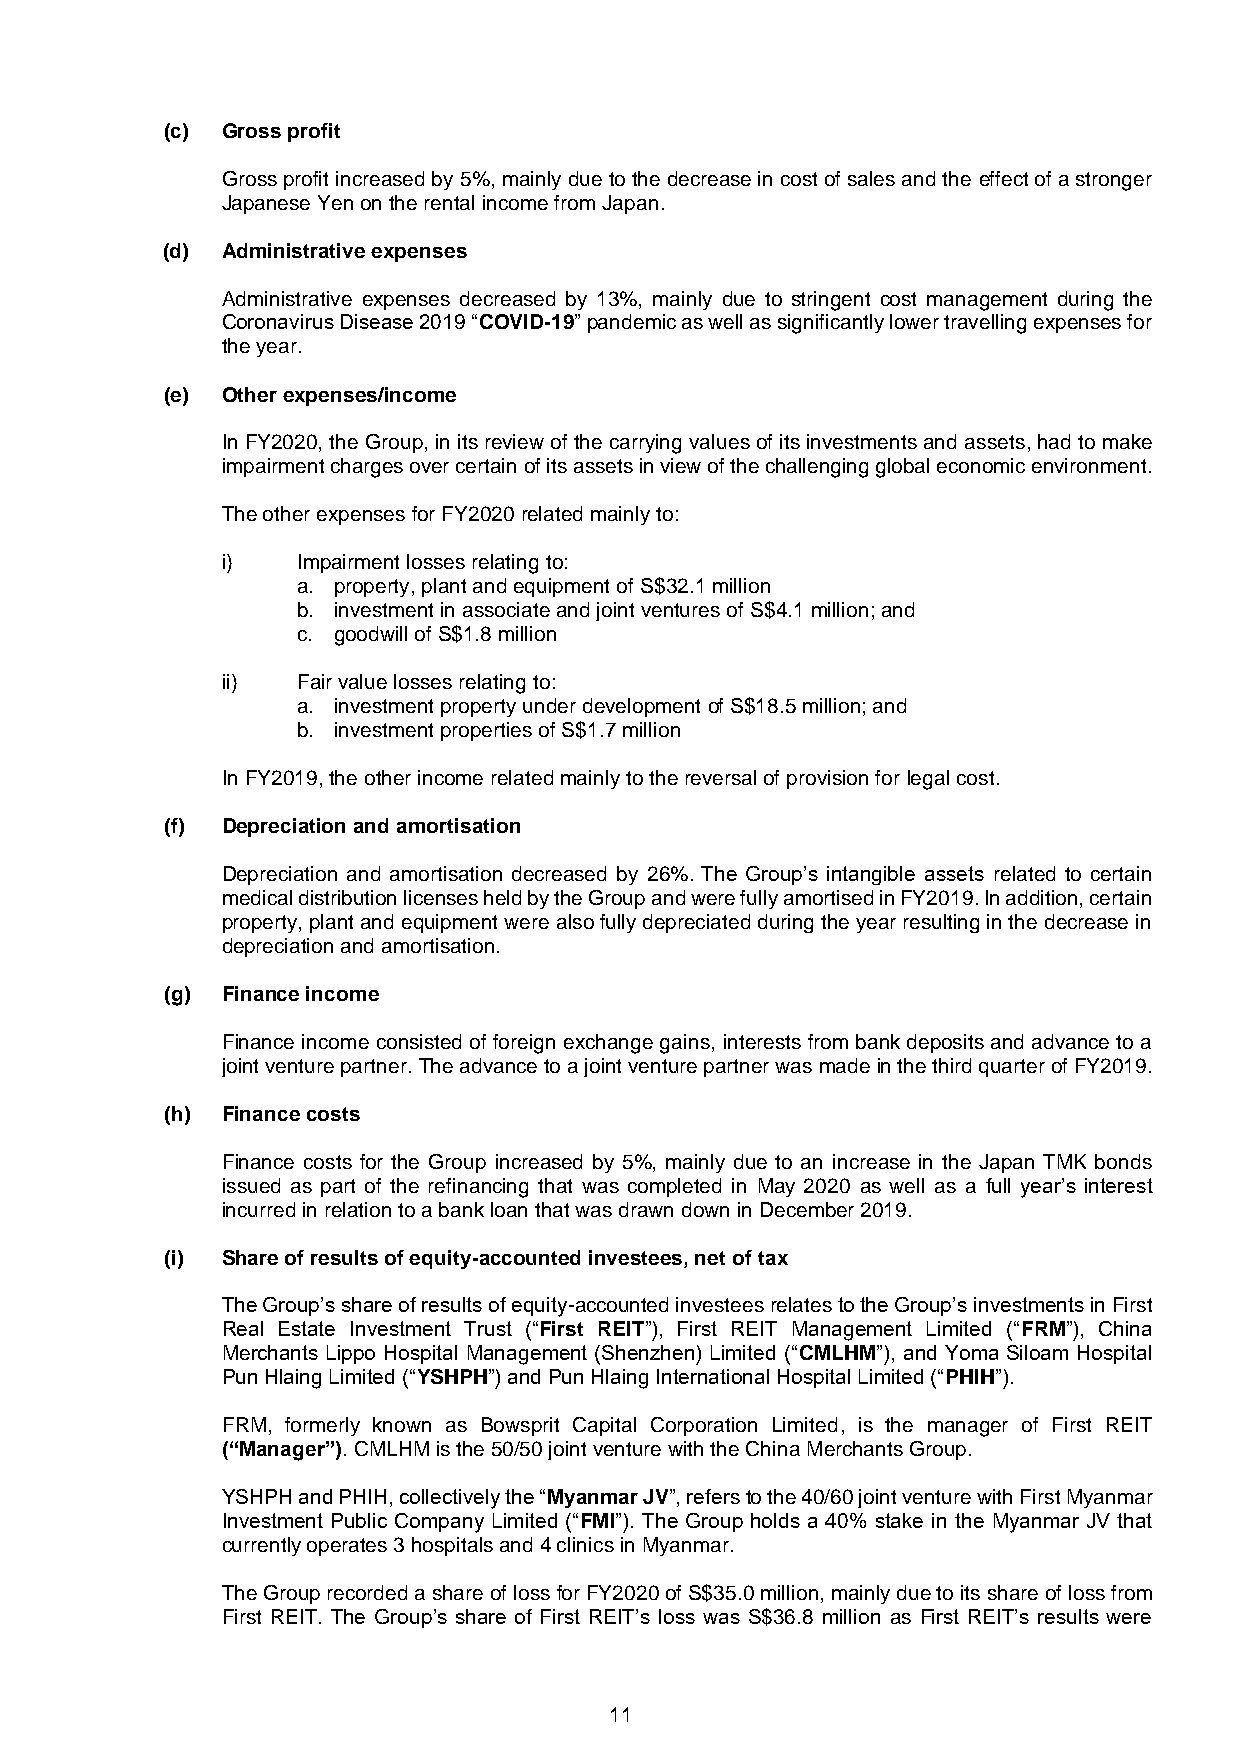
(c) Gross profit
 Gross profit increased by 5%, mainly due to the decrease in cost of sales and the effect of a stronger
 Japanese Yen on the rental income from Japan.
 (d) Administrative expenses
 Administrative expenses decreased by 13%, mainly due to stringent cost management during the
 Coronavirus Disease 2019 “COVID-19” pandemic as well as significantly lower travelling expenses for
 the year.
 (e) Other expenses/income
 In FY2020, the Group, in its review of the carrying values of its investments and assets, had to make
 impairment charges over certain of its assets in view of the challenging global economic environment.
 The other expenses for FY2020 related mainly to:
 i)   Impairment losses relating to:
 a. property, plant and equipment of S$32.1 million
 b. investment in associate and joint ventures of S$4.1 million; and
 c. goodwill of S$1.8 million
 ii)  Fair value losses relating to:
 a. investment property under development of S$18.5 million; and
 b. investment properties of S$1.7 million
 In FY2019, the other income related mainly to the reversal of provision for legal cost.
 (f) Depreciation and amortisation
 Depreciation and amortisation decreased by 26%. The Group’s intangible assets related to certain
 medical distribution licenses held by the Group and were fully amortised in FY2019. In addition, certain
 property, plant and equipment were also fully depreciated during the year resulting in the decrease in
 depreciation and amortisation.
 (g) Finance income
 Finance income consisted of foreign exchange gains, interests from bank deposits and advance to a
 joint venture partner. The advance to a joint venture partner was made in the third quarter of FY2019.
 (h) Finance costs
 Finance costs for the Group increased by 5%, mainly due to an increase in the Japan TMK bonds
 issued as part of the refinancing that was completed in May 2020 as well as a full year’s interest
 incurred in relation to a bank loan that was drawn down in December 2019.
 (i) Share of results of equity-accounted investees, net of tax
 The Group’s share of results of equity-accounted investees relates to the Group’s investments in First
 Real Estate Investment Trust (“First REIT”), First REIT Management Limited (“FRM”), China
 Merchants Lippo Hospital Management (Shenzhen) Limited (“CMLHM”), and Yoma Siloam Hospital
 Pun Hlaing Limited (“YSHPH”) and Pun Hlaing International Hospital Limited (“PHIH”).
 FRM, formerly known as Bowsprit Capital Corporation Limited, is the manager of First REIT
 (“Manager”). CMLHM is the 50/50 joint venture with the China Merchants Group.
 YSHPH and PHIH, collectively the “Myanmar JV”, refers to the 40/60 joint venture with First Myanmar
 Investment Public Company Limited (“FMI”). The Group holds a 40% stake in the Myanmar JV that
 currently operates 3 hospitals and 4 clinics in Myanmar.
 The Group recorded a share of loss for FY2020 of S$35.0 million, mainly due to its share of loss from
 First REIT. The Group’s share of First REIT’s loss was S$36.8 million as First REIT’s results were
 11